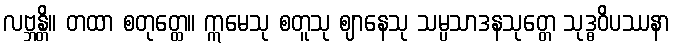
လဗ္ဘန္တိ။ တထာ စတုတ္ထေ။ ဣမေသု စတူသု ဈာနေသု သမ္ပသာဒနသုတ္တေ သုဒ္ဓဝိပဿနာ